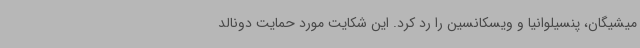
میشیگان، پنسیلوانیا و ویسکانسین را رد کرد. این شکایت مورد حمایت دونالد